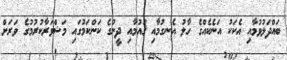
ބައްދަލުވުމާއި އެކަކު އަނެކެއްގެ ހާލު އެނގުމާއި ޤައުމާއި ދީނުގެ ކަންކަމުގައި މަޝްވަރާކުރުމުގެ ވަރަށް